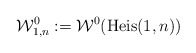
\begin{align*}\mathcal{W}^{0}_{1,n} := \mathcal{W}^{0}(\hbox{Heis}(1,n))\end{align*}